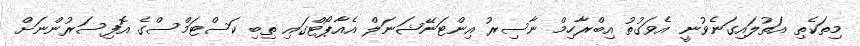
މިތަކެތި އަތުލައިގަނެވުނީ އެވަގުތު އިބްރާހިމް ނާސިރު އިންޓަނޭޝަނަލް އެއާޕޯޓްގައި ތިބި ކަސްޓަމްސްގެ އޮފިސަރުންނަށް